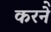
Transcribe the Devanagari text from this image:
करनेे